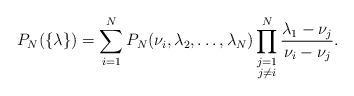
LaTeX: \begin{align*}P_N (\{\lambda\})= \sum_{i = 1}^NP_N (\nu_i, \lambda_2, \dots, \lambda_N)\prod_{\substack{j = 1\\ j \neq i}}^{N}\frac{ \lambda_1 - \nu_j }{\nu_i - \nu_j}.\end{align*}